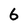
Character: 6